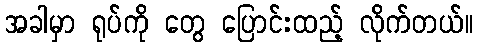
အခါမှာ ရုပ်ကို တွေ ပြောင်းထည့် လိုက်တယ်။